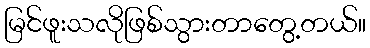
မြင်ဖူးသလိုဖြစ်သွားတာတွေ့တယ်။